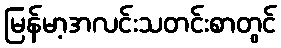
မြန်မာ့အလင်းသတင်းစာတွင်